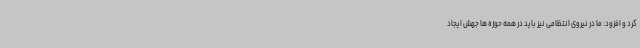
کرد و افزود: ما در نیروی انتظامی نیز باید در همه حوزه ها جهش ایجاد